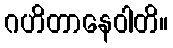
ဂဟိတာနေဝါတိ။